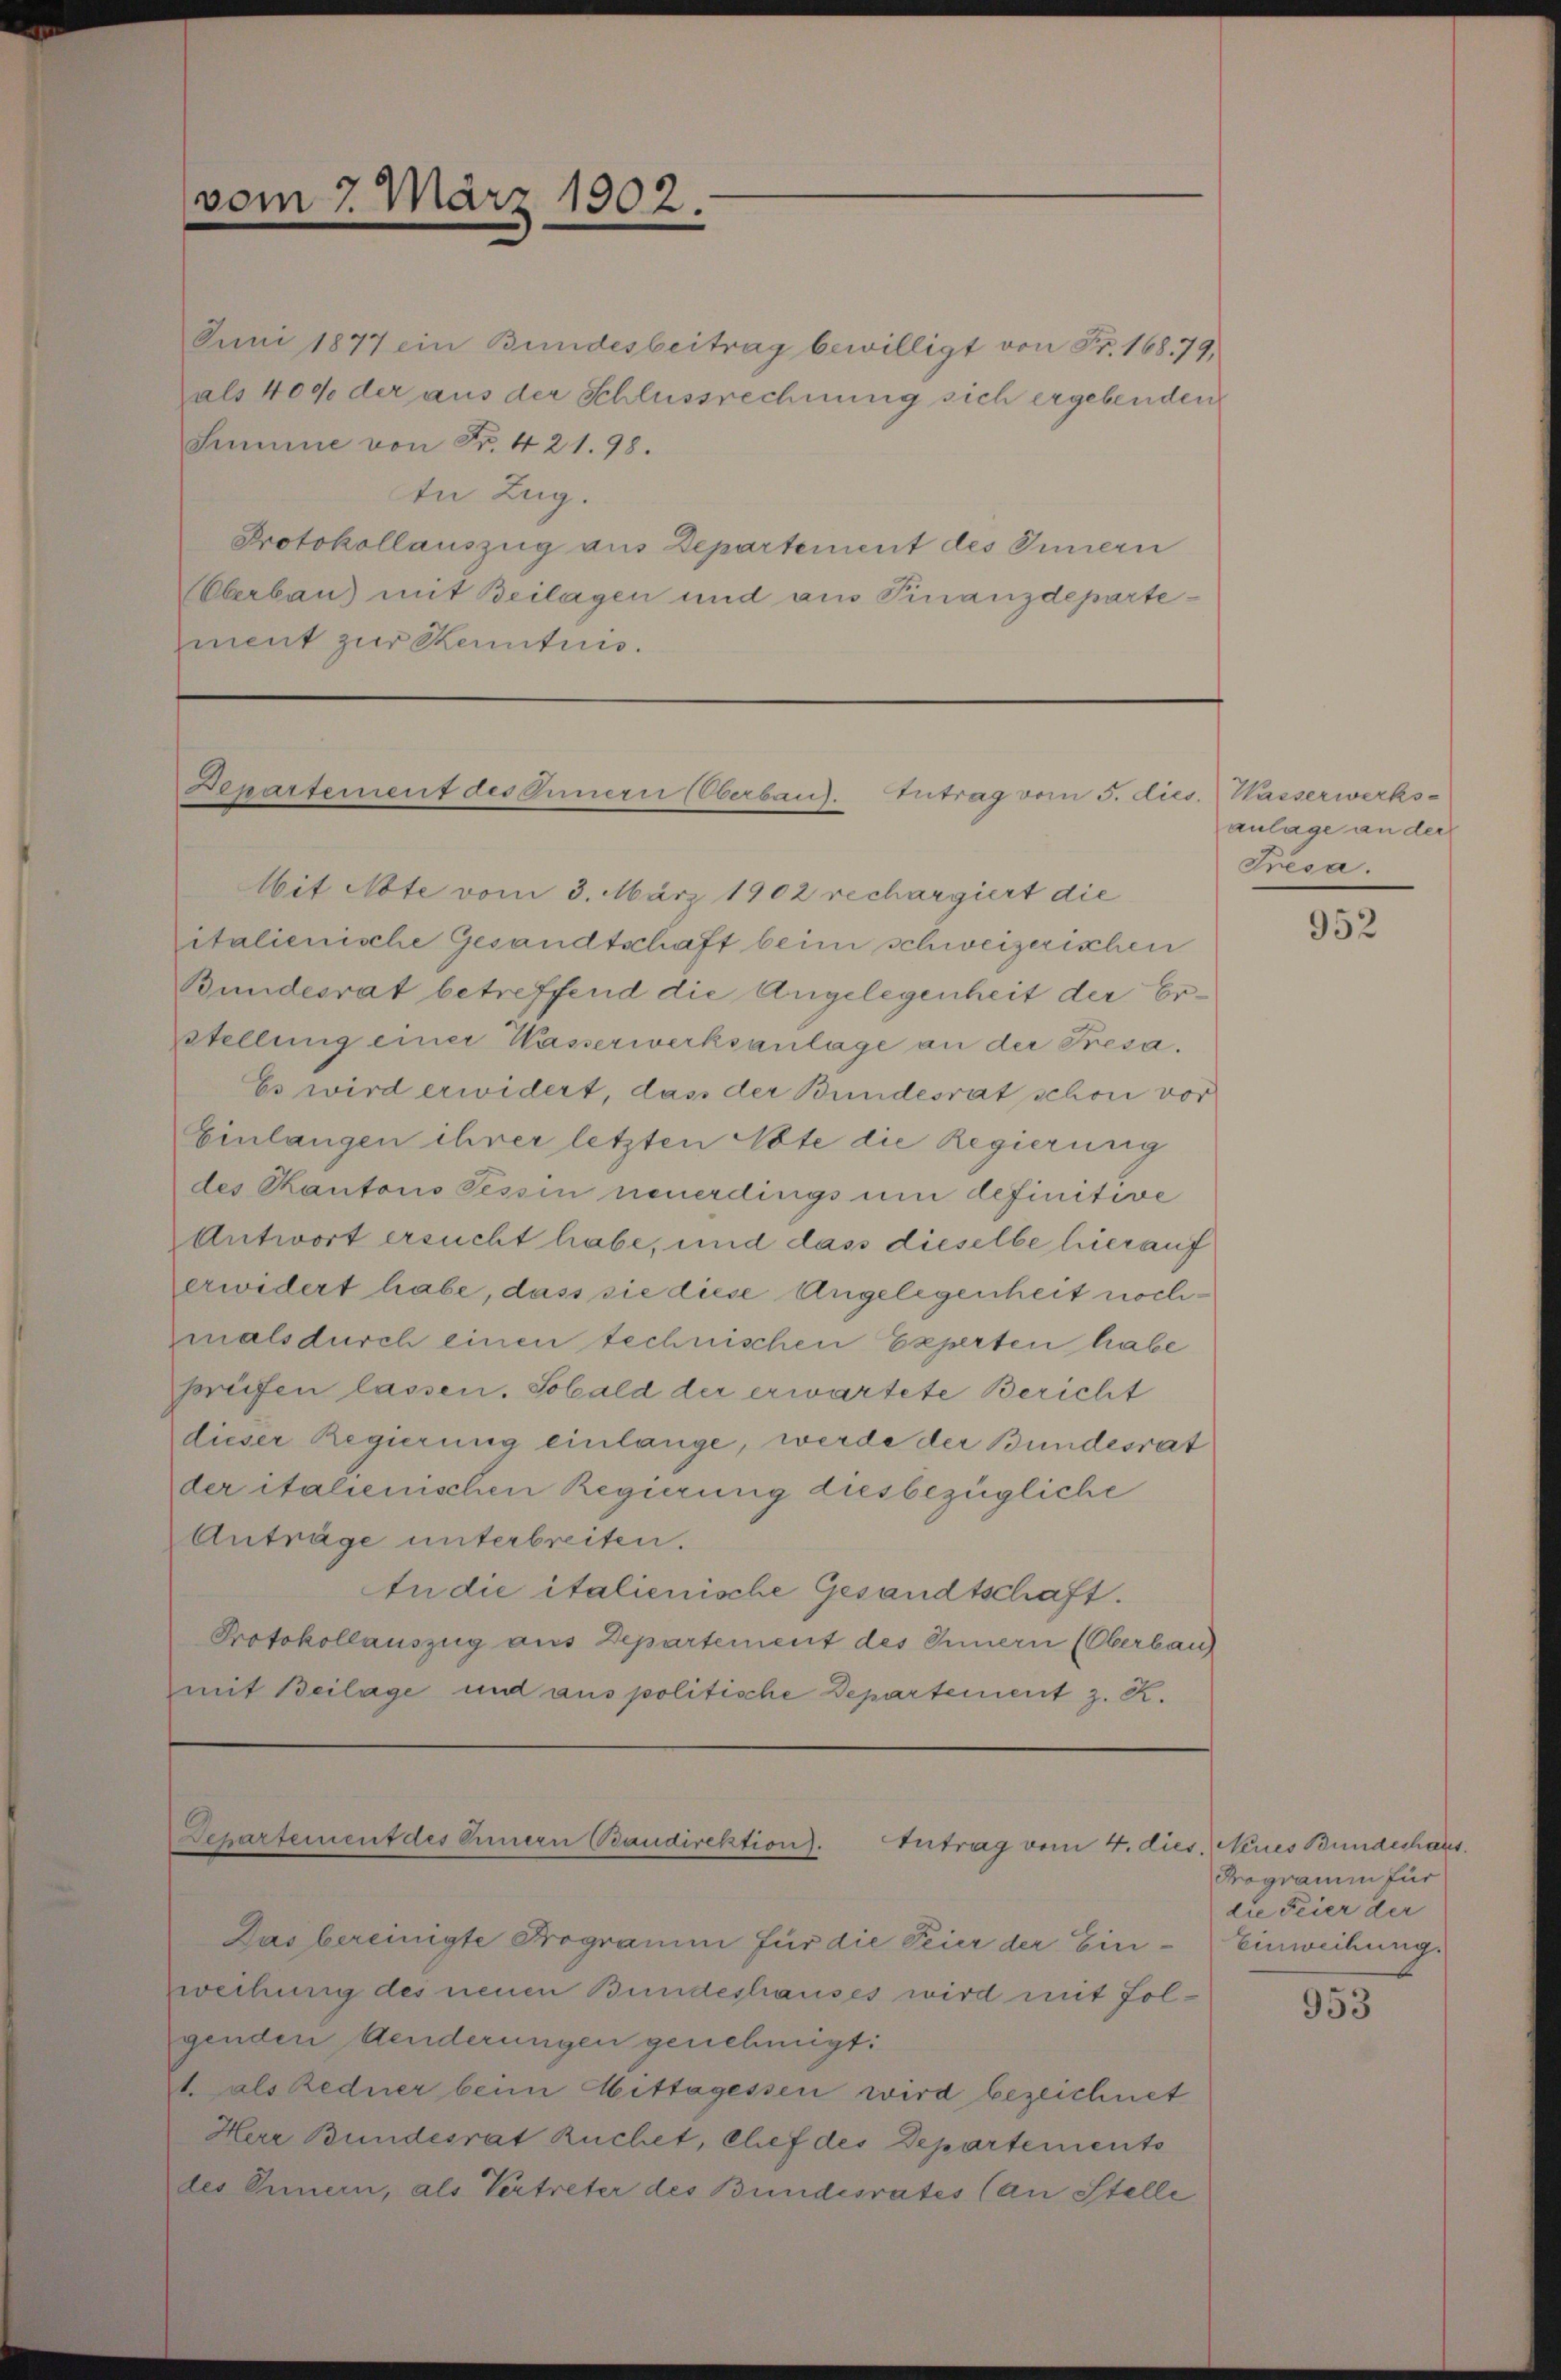
vom 7. März 1902.

Juni 1877 ein Bundesbeitrag bewilligt von Fr. 168. 79,
als 400 der aus der Schlussrechnung sich ergebenden
Summe von Fr. 421. 98.
In Zug.
Protokollauszug aus Departement des Innern
Aeberbau) mit Beilagen und aus Finanzdepartement zur Kennten.

Departement des Innern Oberband. Antrag vom 5. dies

Mit Abte vom 3. März 1902 rechargiert die
italienische Gesandtschaft beim schweizerischen
Bundesrat betreffend die Angelegenheit der Er¬
Stellung einer Wasserwerksanlage an der Fresa¬
Es wird erwidert, das der Bundesrat schon vor
Einlangen ihrer letzten Abte die Regierung
des Kantons Tessin neuerdings um definitive
Antwort ersucht habe, und dass dieselbe hierauf
erwidert habe, dass sie diese Angelegenheit nochmals durch einen technischen Experten habe
prüfen lassen. Sobald der erwartete Bericht
dieser Regierung einlange, werde der Bundesrat
der italienischen Regierung diesbezügliche
Anträge unterbreiten.
tn die italienische Gesandtschaft.
Protokollauszug aus Departement des Innern (Oberbau
mit Beilage und aus politische Departement z. K.

Das bereinigte Programm für die Feier der Einwechung des neuen Bundeshauses wird mit Folgenden Aenderungen genehmigt:
t. als Redner beim Mittagessen wird bezeichnet
Herr Bundesrat Ruchet, Chef des Departements
des Innern, als Vertreter des Bundesrates (an Stelle

Departement des Ernern Baudirektion).
Antrag vom 4. dies. Neues Bundeshaus.

1. Kaiserwerks-
anlage an der
Presa.

952

Programm für
die Feier der
Einweihung.

953